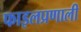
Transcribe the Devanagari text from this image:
फाइलप्रणाली